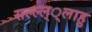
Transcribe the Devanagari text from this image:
सल्ल्ल््लाहु